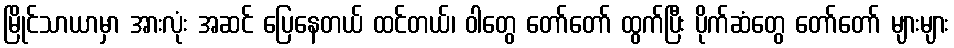
မြိုင်သာယာမှာ အားလုံး အဆင် ပြေနေတယ် ထင်တယ်၊ ဝါတွေ တော်တော် ထွက်ပြီး ပိုက်ဆံတွေ တော်တော် များများ